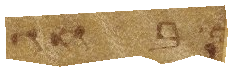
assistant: בחג